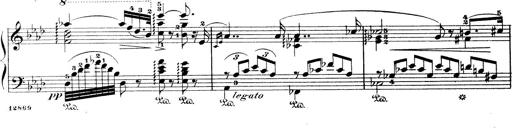
Title: Wagner-Liszt Album
Composer: Franz Liszt